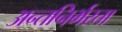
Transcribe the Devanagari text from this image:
अन्तनिर्भरता